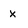
Character: x